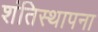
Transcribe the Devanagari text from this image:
शंतिस्थापना